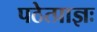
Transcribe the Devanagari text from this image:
पठेत्प्राज्ञः